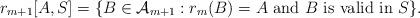
LaTeX: \begin{align*}r_{m+1}[A,S]=\{B\in \mathcal{A}_{m+1}:r_m(B)=A\mathrm{\ and \ }B\mathrm{\ is \ valid\ in\ }S\}.\end{align*}